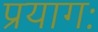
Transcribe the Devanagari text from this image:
प्रयागः